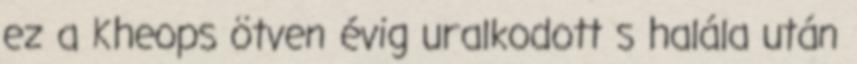
ez a Kheops ötven évig uralkodott s halála után